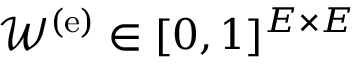
\mathcal { W } ^ { \mathrm { ( e ) } } \in [ 0 , 1 ] ^ { E \times E }